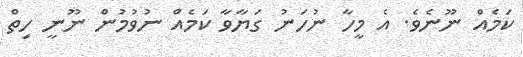
ކަމެއް ނޫނެވެ. އެ މީހާ ނުހަނު ގަޔާވާ ކަމެއް ނުވުމުން ނޫނީ ހިތް